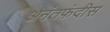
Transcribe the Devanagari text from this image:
अनंतफंदीस